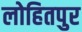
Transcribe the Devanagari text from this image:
लोहितपुर